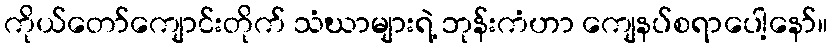
ကိုယ်တော်ကျောင်းတိုက် သံဃာများရဲ့ ဘုန်းကံဟာ ကျေနပ်စရာပေါ့နော်။